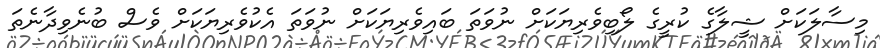
މިސާލަކަށް ޝީލާގެ ކުރީގެ ލޯބިވެރިޔަކަށް ނުވަތަ ބައިވެރިޔަކަށް ނުވަތަ އެކުވެރިޔަކަށް ވެސް ބުނެވިދާނެތަ